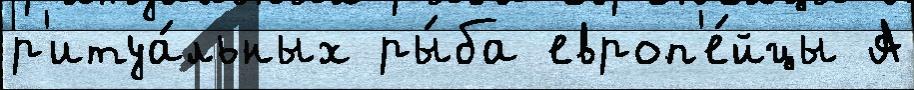
р'итуа́льных ры́ба европ'е́йцы А